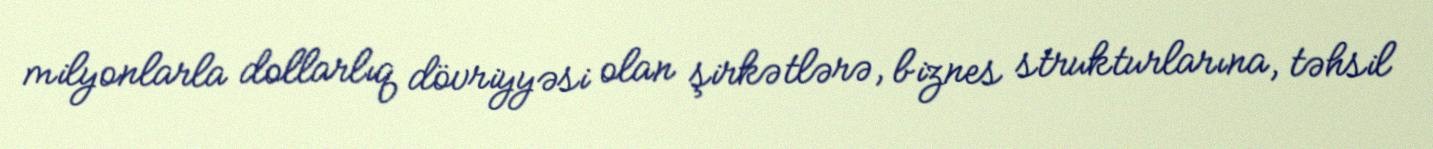
milyonlarla dollarlıq dövriyyəsi olan şirkətlərə, biznes strukturlarına, təhsil